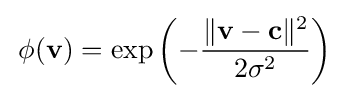
\,\phi (\mathbf {v} )=\exp \left(-{\frac {\|\mathbf {v} -\mathbf {c} \|^{2}}{2\sigma ^{2}}}\right)